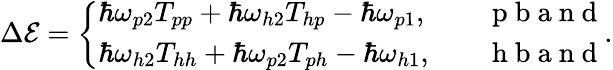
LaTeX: \begin{array}{r}{\Delta{\cal E}=\left\{ \begin{array}{ll}{\hbar\omega_{p2}T_{pp}+\hbar\omega_{h2}T_{hp}-\hbar\omega_{p1},}&{\quad\mathrm{~p~b~a~n~d~}}\\ {\hbar\omega_{h2}T_{hh}+\hbar\omega_{p2}T_{ph}-\hbar\omega_{h1},}&{\quad\mathrm{~h~b~a~n~d~}}\end{array}\right..}\end{array}